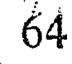
64